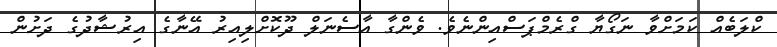
ކްލަބެއް ކަމަށްވާ ނަގޯޔާ ގްރެމްޕަސްއިންނެވެ. ވެންގާ އާސެނަލް ދޫކޮށްލިއިރު އޭނާގެ އިރުޝާދުގެ ދަށުން